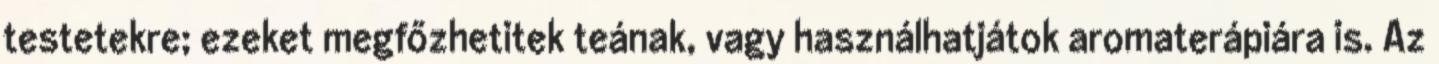
testetekre; ezeket megfőzhetitek teának, vagy használhatjátok aromaterápiára is. Az